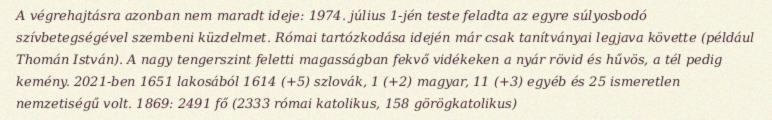
A végrehajtásra azonban nem maradt ideje: 1974. július 1-jén teste feladta az egyre súlyosbodó szívbetegségével szembeni küzdelmet. Római tartózkodása idején már csak tanítványai legjava követte (például Thomán István). A nagy tengerszint feletti magasságban fekvő vidékeken a nyár rövid és hűvös, a tél pedig kemény. 2021-ben 1651 lakosából 1614 (+5) szlovák, 1 (+2) magyar, 11 (+3) egyéb és 25 ismeretlen nemzetiségű volt. 1869: 2491 fő (2333 római katolikus, 158 görögkatolikus)